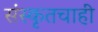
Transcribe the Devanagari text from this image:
संस्कृतचाही